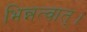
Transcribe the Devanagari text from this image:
भिन्नत्वात्।